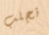
نجلب